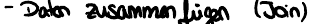
- Daten zusammenfügen (Join)